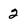
Character: 2